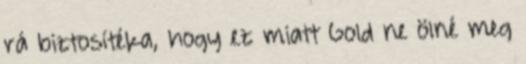
rá biztosítéka, hogy ez miatt Gold ne ölné meg